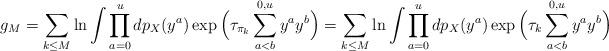
LaTeX: \begin{align*}&g_M=\sum_{k\le M} \ln \int \prod_{a=0}^u dp_X(y^a)\exp\Big(\tau_{\pi_k}\sum_{a<b}^{0,u}y^a y^b\Big)=\sum_{k\le M} \ln \int \prod_{a=0}^u dp_X(y^a)\exp\Big(\tau_{k}\sum_{a<b}^{0,u}y^a y^b\Big)\end{align*}